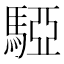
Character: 𩤃